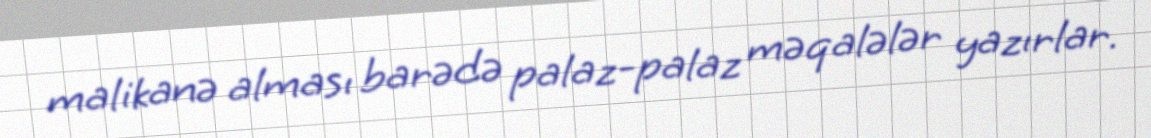
malikanə alması barədə palaz-palaz məqalələr yazırlar.